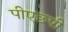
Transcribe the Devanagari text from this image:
पीएछ्पी